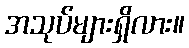
အသုပ်များရှိလား။